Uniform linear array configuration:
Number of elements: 4
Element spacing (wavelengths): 1
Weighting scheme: exponential
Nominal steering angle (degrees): -30
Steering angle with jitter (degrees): -29.817
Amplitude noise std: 0.05
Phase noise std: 0.05

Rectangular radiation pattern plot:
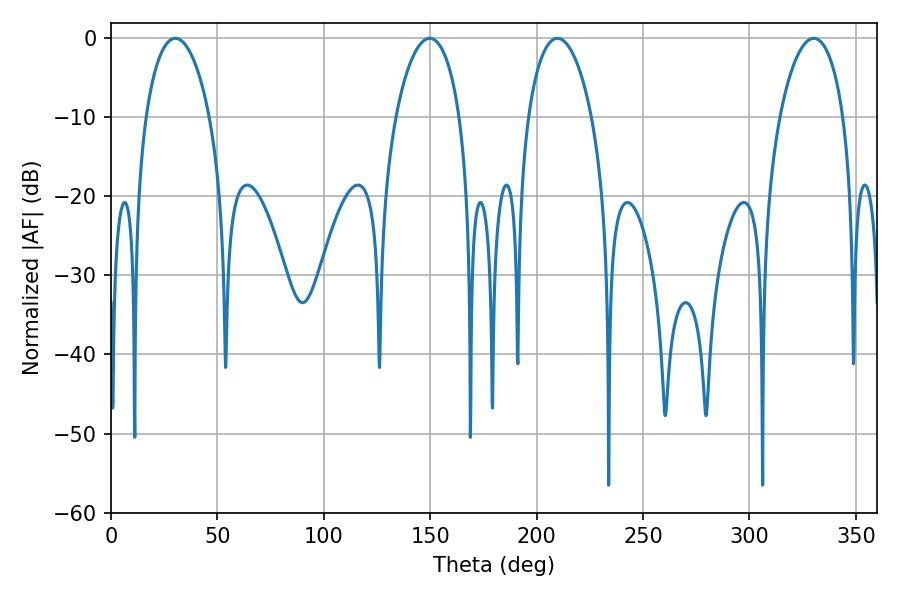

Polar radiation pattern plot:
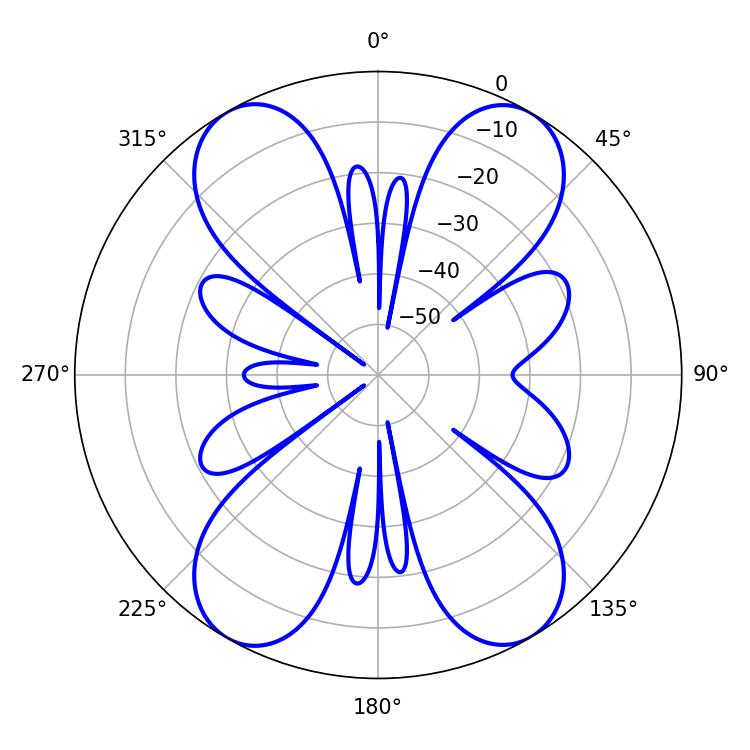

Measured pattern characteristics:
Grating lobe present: TRUE
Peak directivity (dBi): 23.718
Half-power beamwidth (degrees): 16.92
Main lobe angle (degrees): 30.24